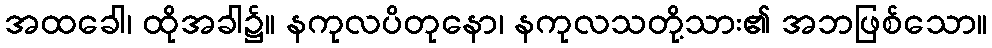
အထခေါ၊ ထိုအခါ၌။ နကုလပိတုနော၊ နကုလသတို့သား၏ အဘဖြစ်သော။